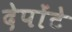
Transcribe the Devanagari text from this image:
देपोंटे